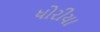
ધોરીયા